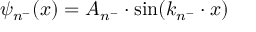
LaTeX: \psi _ { n ^ { - } } ( x ) = A _ { n ^ { - } } \cdot \mathrm { s i n } ( k _ { n ^ { - } } \cdot x )